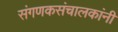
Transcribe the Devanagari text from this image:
संगणकसंचालकांनी